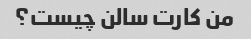
من کارت سالن چیست؟